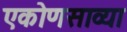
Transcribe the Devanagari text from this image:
एकोणसाव्या